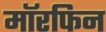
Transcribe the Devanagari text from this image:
मॉरफिन